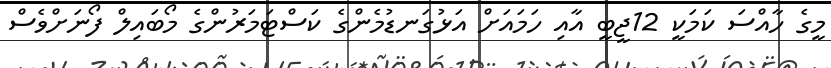
މީގެ ހާއްސަ ކަމަކީ 12ޖީބީ އާއި ހަމައަށް އަޅުގަނޑުމެންގެ ކަސްޓަމަރުންގެ މޯބައިލް ފޯނަށްވެސް